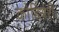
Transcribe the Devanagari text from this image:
कोडियेरी